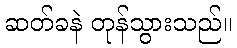
ဆတ်ခနဲ တုန်သွားသည်။